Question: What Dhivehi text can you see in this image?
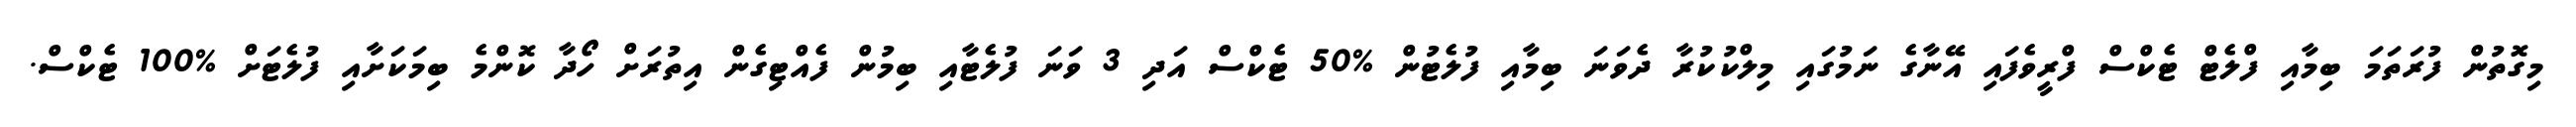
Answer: މިގޮތުން ފުރަތަމަ ބިމާއި ފްލެޓް ޓެކްސް ފްރީވެފައި އޭނާގެ ނަމުގައި މިލްކުކުރާ ދެވަނަ ބިމާއި ފުލެޓުން %50 ޓެކްސް އަދި 3 ވަނަ ފުލެޓާއި ބިމުން ފެއްޓިގެން އިތުރަށް ހޯދާ ކޮންމެ ބިމަކަށާއި ފުލެޓަށް %100 ޓެކްސް.